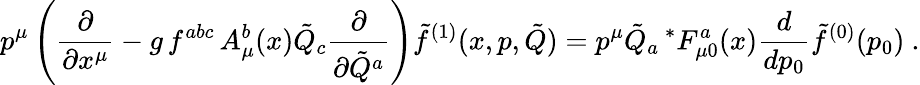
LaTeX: p^{\mu}\left({\frac{\partial}{\partial x^{\mu}}}-g\, f^{abc}\, A_{\mu}^{b}(x){\tilde{Q}}_{c}{\frac{\partial}{\partial{\tilde{Q}}^{a}}}\right){\tilde{f}}^{(1)}(x,p,{\tilde{Q}})=p^{\mu}{\tilde{Q}}_{a}\, ^{*}F_{\mu 0}^{a}(x){\frac{d}{dp_{0}}}{\tilde{f}}^{(0)}(p_{0})\ .